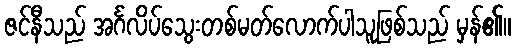
ဇင်နီသည် အင်္ဂလိပ်သွေးတစ်မတ်လောက်ပါသူဖြစ်သည် မှန်၏။